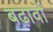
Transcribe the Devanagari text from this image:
बढ़ावों